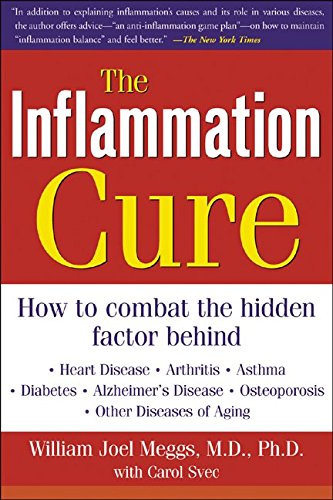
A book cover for The Inflammation Cure: Simple Steps for Reversing heart disease, arthritis, asthma, diabetes, Alzheimer's disease, osteopor; William Meggs; Health, Fitness & Dieting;